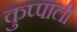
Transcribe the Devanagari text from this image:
कुप्पाली